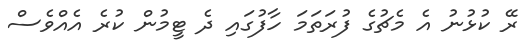
ރޭ ކުޅުނު އެ މެޗުގެ ފުރަތަމަ ހާފުގައި ދެ ޓީމުން ކުރެ އެއްވެސް